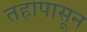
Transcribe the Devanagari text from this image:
तहापासून